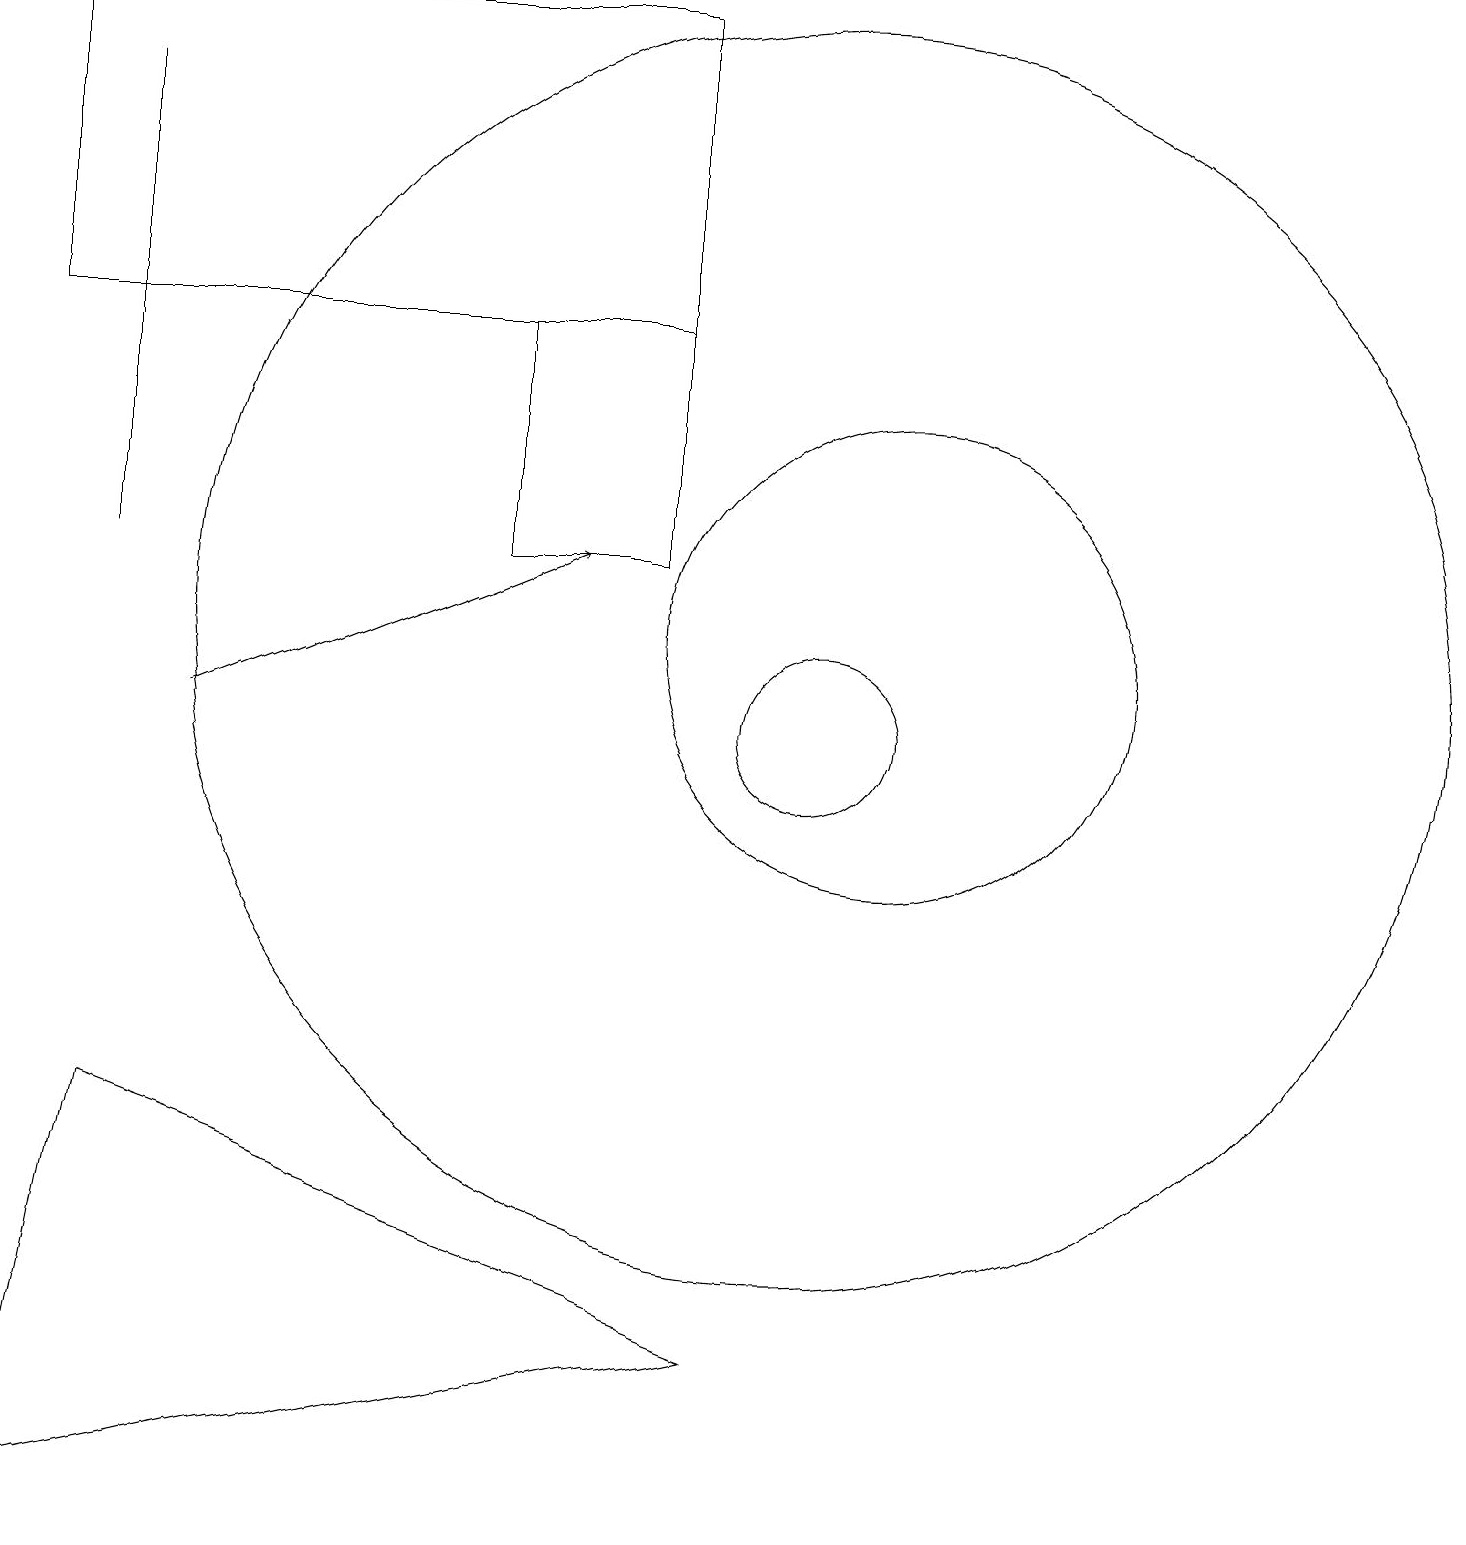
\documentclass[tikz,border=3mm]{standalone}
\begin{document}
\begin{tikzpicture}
\draw (10,11) circle (8);
\draw[->] (2,10) -- (7,12);
\draw (8,19) rectangle (0,15);
\draw (10,10) circle (1);
\draw (6,12) rectangle (8,15);
\draw (11,11) circle (3);
\draw (1,5) -- (0,0) -- (9,2) -- cycle;
\draw (1,18) rectangle (1,12);
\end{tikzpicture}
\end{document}